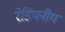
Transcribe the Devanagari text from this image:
रेडियनीय